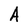
Character: A